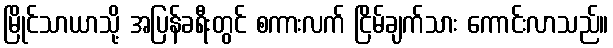
မြိုင်သာယာသို့ အပြန်ခရီးတွင် စကားလက် ငြိမ်ချက်သား ကောင်းလာသည်။